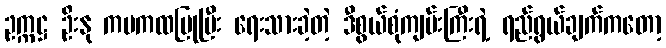
ဥက္ကဋ္ဌ ဦးနု ကမကထပြုပြီး ရေးသားခဲ့တဲ့ ဒီစွယ်စုံကျမ်းကြီးရဲ့ ရည်ရွယ်ချက်ကတော့